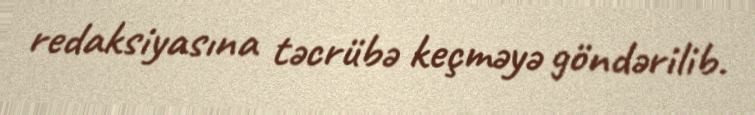
redaksiyasına təcrübə keçməyə göndərilib.